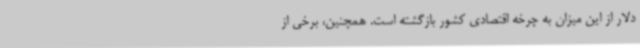
دلار از این میزان به چرخه اقتصادی کشور بازگشته است. همچنین، برخی از